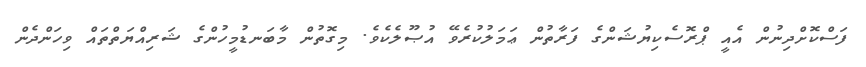
ފަސްކޮށްދިނުން އެއީ ޕްރޮސެކިޔުޝަންގެ ފަރާތުން ޢަމަލުކުރެވޭ އުޞޫލެކެވެ. މިގޮތުން މާބަނޑުމީހުންގެ ޝަރިއްޔަތްތައް ވިހަންދެން